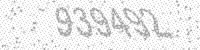
Solution: 939492